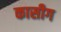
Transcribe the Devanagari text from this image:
कासीग